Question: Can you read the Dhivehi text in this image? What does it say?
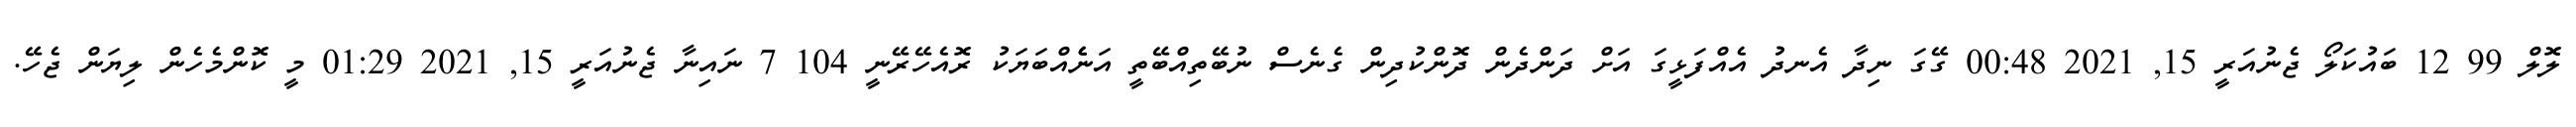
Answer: ލޮލް 99 12 ބައުކަލޯ ޖެނުއަރީ 15, 2021 00:48 ގޭގަ ނިދާ އެނދު އެއްފަޅީގަ އަށް ދަންދެން ދޮންކުދިން ގެނެސް ނުބޭތިއްބޭތީ އަނެެއްބަޔަކު ރޮއެހޭރޭނީ 104 7 ނައިނާ ޖެނުއަރީ 15, 2021 01:29 މީ ކޮންމެހެން ލިޔަން ޖެހޭ.